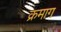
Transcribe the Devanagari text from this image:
क्रमाग